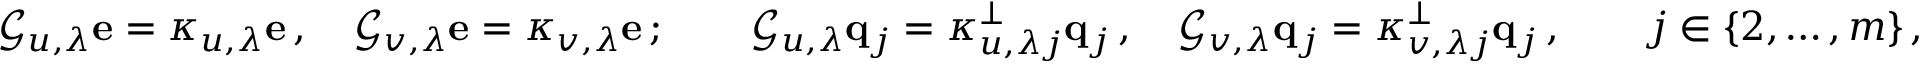
{ \mathcal G } _ { u , \lambda } { \bf e } = \kappa _ { u , \lambda } { \bf e } \, , \quad { \mathcal G } _ { v , \lambda } { \bf e } = \kappa _ { v , \lambda } { \bf e } \, ; \qquad { \mathcal G } _ { u , \lambda } { \bf q } _ { j } = \kappa _ { u , \lambda j } ^ { \perp } { \bf q } _ { j } \, , \quad { \mathcal G } _ { v , \lambda } { \bf q } _ { j } = \kappa _ { v , \lambda j } ^ { \perp } { \bf q } _ { j } \, , \qquad j \in \lbrace { 2 , \ldots , m \rbrace } \, ,